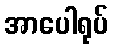
အာပေါရုပ်